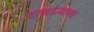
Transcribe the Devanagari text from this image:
दरावाज्याच्या